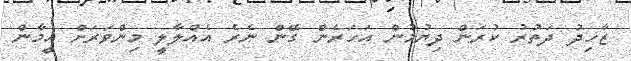
ޒާހިދު ދަތުރު ކުރަން ދިޔުމުން އަހަރެން ގޭން ނެރެ އެއްލާލީ މިންވަރަށް އީމާން